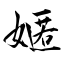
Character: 嫟